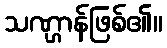
သဏ္ဌာန်ဖြစ်၏။